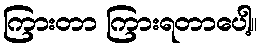
ကြားတာ ကြားရတာပေါ့။